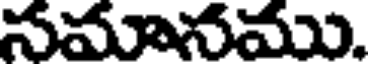
సమానము.